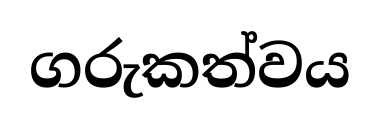
ගරුකත්වය